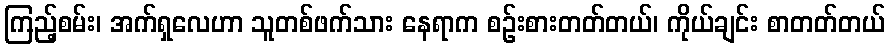
ကြည့်စမ်း၊ အက်ရှလေဟာ သူတစ်ဖက်သား နေရာက စဉ်းစားတတ်တယ်၊ ကိုယ်ချင်း စာတတ်တယ်